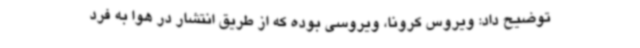
توضیح داد: ویروس کرونا، ویروسی بوده که از طریق انتشار در هوا به فرد